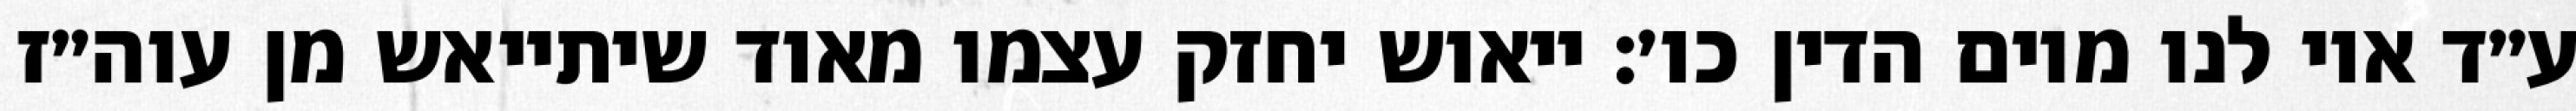
ע״ד אוי לנו מיום הדין כו׳: ייאוש יחזק עצמו מאוד שיתייאש מן עוה״ז